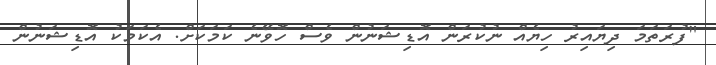
"ފުރަތަމަ ދިޔައިރު ހިޔެއް ނުކުރަން އޮޑިޝަނުން ވެސް ހޮވޭނެ ކަމަކަށް. އެކަމަކު އޮޑިޝަނުން